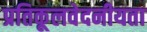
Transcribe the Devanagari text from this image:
प्रतिकूलवेदनीयता